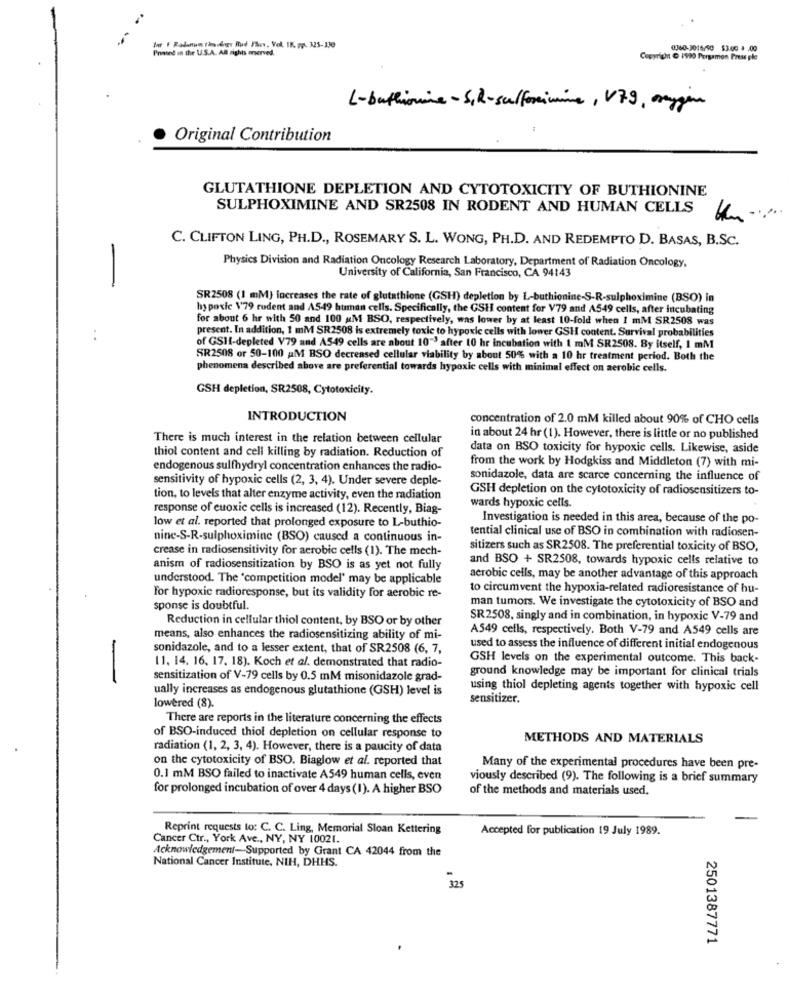
Inr F Radunon tändagy Mud Show, Vol. IB. pp. 325-330
Praund in the U.S.A. All rights oserved.
0360-3016/50 $3.00 8 .00
Copyright @ 1990 Pergamon Press ple
L-buthionine- S,R-sulforimine, V79, oxygen
Original Contribution
GLUTATHIONE DEPLETION AND CYTOTOXICITY OF BUTHIONINE
SULPHOXIMINE AND SR2508 IN RODENT AND HUMAN CELLS
C. CLIFTON LING, PH.D ., ROSEMARY S. L. WONG, PH.D. AND REDEMPTO D. BASAS, B.SC.
-
Physics Division and Radiation Oncology Research Laboratory, Department of Radiation Oncology,
University of California, San Francisco, CA 94143
SR2508 (1 mM) increases the rate of glutathione (GSH) depletion by L-buthionine-S-R-sulphoximine (BSO) in
hypoxic \'79 rodent and A549 human cells. Specifically, the GSH content for V79 and A549 cells, after incubating
for about 6 hr with 50 and 100 AM BSO, respectively, was lower by at least 10-fold when I mM SR2508 was
present. In addition, 1 mM SR2508 is extremely toxic to hypoxic cells with lower GSH content. Survival probabilities
of GSHI-depleted V79 and A549 cells are about 10"3 after 10 hr incubation with 1 mM SR2508. By itself, 1 mM
SR2508 or 50-100 M BSO decreased cellular viability by about 50% with a 10 hr treatment period. Both the
phenomena described above are preferential towards hypoxic cells with minimal effect on aerobic cells.
GSH depletion, SR2508, Cytotoxicity.
INTRODUCTION
concentration of 2.0 mM killed about 90% of CHO cells
There is much interest in the relation between cellular
in about 24 hr (1). However, there is little or no published
thiol content and cell killing by radiation. Reduction of
data on BSO toxicity for hypoxic cells. Likewise, aside
from the work by Hodgkiss and Middleton (7) with mi-
endogenous sulfhydryl concentration enhances the radio-
sensitivity of hypoxic cells (2, 3, 4). Under severe deple-
sonidazole, data are scarce concerning the influence of
GSH depletion on the cytotoxicity of radiosensitizers to-
tion, to levels that alter enzyme activity, even the radiation
wards hypoxic cells.
response of euoxic cells is increased (12). Recently, Biag-
Investigation is needed in this area, because of the po-
low et al. reported that prolonged exposure to L-buthio-
tential clinical use of BSO in combination with radiosen-
nine-S-R-sulphoximine (BSO) caused a continuous in-
crease in radiosensitivity for aerobic cells (1). The mech-
sitizers such as SR2508. The preferential toxicity of BSO,
and BSO + SR2508, towards hypoxic cells relative to
anism of radiosensitization by BSO is as yet not fully
understood. The 'competition model' may be applicable
aerobic cells, may be another advantage of this approach
to circumvent the hypoxia-related radioresistance of hu-
For hypoxic radioresponse, but its validity for aerobic re-
man tumors. We investigate the cytotoxicity of BSO and
sponse is doubtful.
Reduction in cellular thiol content, by BSO or by other
SR2508, singly and in combination, in hypoxic V-79 and
A549 cells, respectively. Both V-79 and A549 cells are
means, also enhances the radiosensitizing ability of mi-
sonidazole, and to a lesser extent, that of SR2508 (6, 7,
used to assess the influence of different initial endogenous
GSH levels on the experimental outcome. This back-
11. 14. 16, 17. 18). Koch et al. demonstrated that radio-
ground knowledge may be important for clinical trials
-
sensitization of V-79 cells by 0.5 mM misonidazole grad-
ually increases as endogenous glutathione (GSH) level is
using thiol depleting agents together with hypoxic cell
sensitizer.
lowered (8).
There are reports in the literature concerning the effects
of BSO-induced thiol depletion on cellular response to
METHODS AND MATERIALS
radiation (1, 2, 3, 4). However, there is a paucity of data
on the cytotoxicity of BSO. Biaglow et al. reported that
Many of the experimental procedures have been pre-
0.1 mM BSO failed to inactivate A549 human cells, even
viously described (9). The following is a brief summary
for prolonged incubation of over 4 days (1). A higher BSO
of the methods and materials used.
Reprint requests to: C. C. Ling, Memorial Sloan Kettering
Accepted for publication 19 July 1989.
Cancer Ctr ., York Ave ., NY, NY 10021.
Acknowledgement-Supported by Grant CA 42044 from the
National Cancer Institute, NIH, DHHS.
325
2501387771